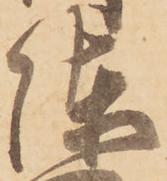
陣